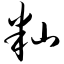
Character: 籼